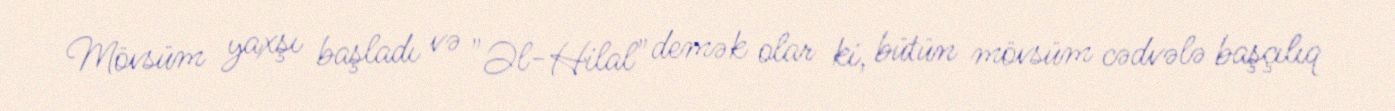
Mövsüm yaxşı başladı və "Əl-Hilal" demək olar ki, bütün mövsüm cədvələ başçılıq